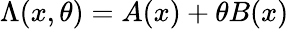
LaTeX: \Lambda(x,\theta)=A(x)+\theta B(x)